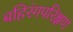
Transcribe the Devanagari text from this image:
बहिरंगपरिक्षण